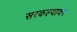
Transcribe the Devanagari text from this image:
सरकल्यावर